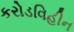
કરોડવિહીન